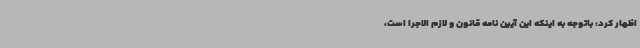
اظهار کرد: باتوجه به اینکه این آیین نامه قانون و لازم الاجرا است،